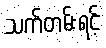
သက်တမ်းရင့်